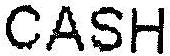
CASH